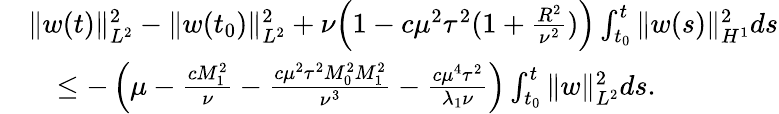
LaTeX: \begin{array}{rl}&{\| w(t)\| _{L^{2}}^{2}-\| w(t_{0})\| _{L^{2}}^{2}+\nu\Big(1-c\mu^{2}\tau^{2}(1+\frac{R^{2}}{\nu^{2}})\Big)\int_{t_{0}}^{t}\| w(s)\| _{H^{1}}^{2}ds}\\ &{\quad\leq-\left(\mu-\frac{cM_{1}^{2}}{\nu}-\frac{c\mu^{2}\tau^{2}M_{0}^{2}M_{1}^{2}}{\nu^{3}}-\frac{c\mu^{4}\tau^{2}}{\lambda_{1}\nu}\right)\int_{t_{0}}^{t}\| w\| _{L^{2}}^{2}ds.}\end{array}